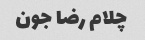
چلام رضا جون